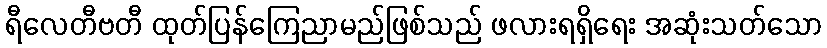
ရီလေတီဗတီ ထုတ်ပြန်ကြေညာမည်ဖြစ်သည် ဖလားရရှိရေး အဆုံးသတ်သော